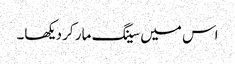
اس میں سینگ مار کر دیکھا۔